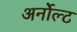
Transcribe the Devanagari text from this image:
अर्नोल्ट